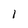
Character: 1